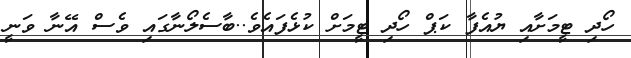
ހޯދި ޓީމަށާއި ޔުއެފާ ކަޕް ހޯދި ޓީމަށް ކުޅެފައެވެ..ބާސެލޯނާގައި ވެސް އޭނާ ވަނީ